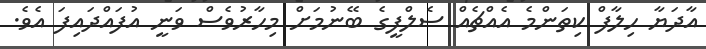
އާދަޔާ ހިލާފް ކިތަންމެ އެއްޗެއް ސެލްފީގެ ބޭނުމަށް މިހާރުވެސް ވަނީ އުފައްދައިފަ އެވެ.